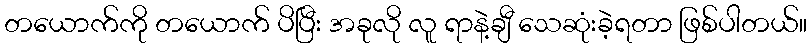
တယောက်ကို တယောက် ပိပြီး အခုလို လူ ရာနဲ့ချီ သေဆုံးခဲ့ရတာ ဖြစ်ပါတယ်။